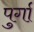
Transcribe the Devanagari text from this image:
पुर्गा